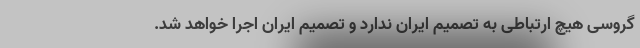
گروسی هیچ ارتباطی به تصمیم ایران ندارد و تصمیم ایران اجرا خواهد شد.